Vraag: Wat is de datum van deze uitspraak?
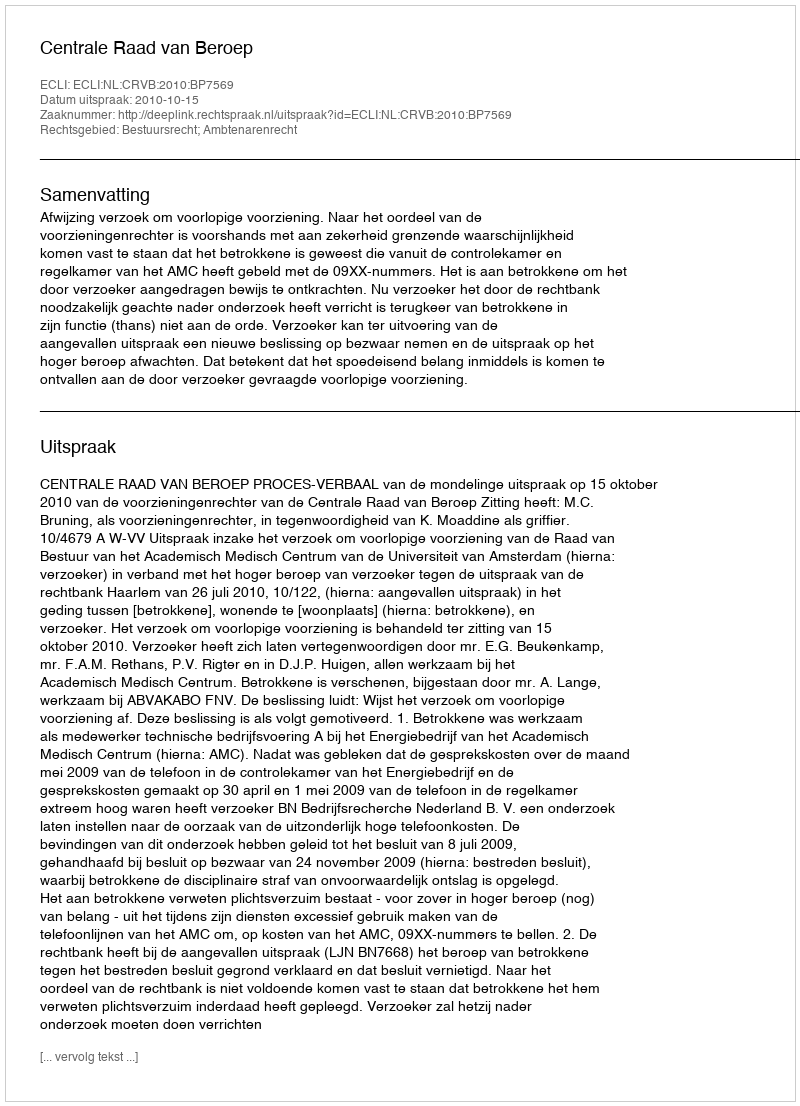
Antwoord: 2010-10-15